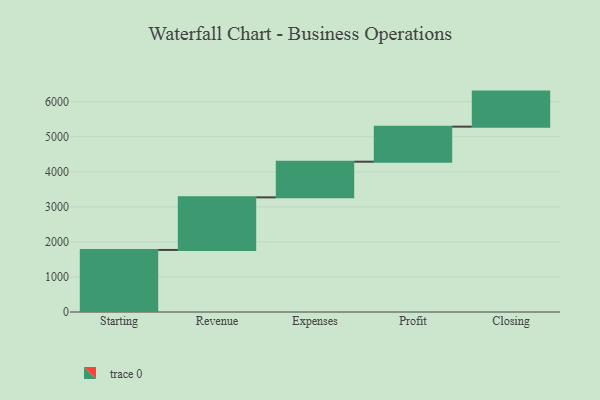
{"axis": {"x": "Step", "y": "Value"}, "legend": [""], "data": [{"x": "Starting", "y": 1770.0, "type": ""}, {"x": "Revenue", "y": 1501.0, "type": ""}, {"x": "Expenses", "y": 1017.0, "type": ""}, {"x": "Profit", "y": 1000, "type": ""}, {"x": "Closing", "y": 1000, "type": ""}]}